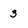
Character: 3